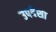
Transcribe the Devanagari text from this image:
उपदेशा